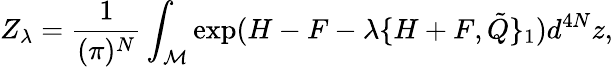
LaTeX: Z_{\lambda}=\frac{1}{(\pi)^{N}}\int_{{\cal M}}\exp(H-F-\lambda\{ H+F,{\tilde{Q}\} _{1}})d^{4N}z,